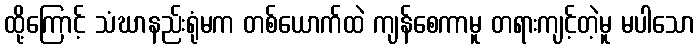
ထို့ကြောင့် သံဃာနည်းရုံမက တစ်ယောက်ထဲ ကျန်စေကာမူ တရားကျင့်တဲ့မူ မပါသော